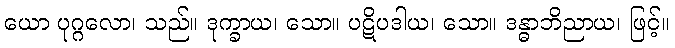
ယော ပုဂ္ဂလော၊ သည်။ ဒုက္ခာယ၊ သော။ ပဋိပဒါယ၊ သော။ ဒန္ဓာဘိညာယ၊ ဖြင့်။